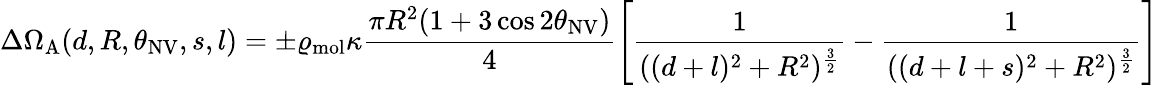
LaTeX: \Delta\Omega_{\mathrm{A}}(d,R,\theta_{\mathrm{NV}},s,l)=\pm\varrho_{\mathrm{mol}}\kappa\frac{\pi R^{2}(1+3\cos{2\theta_{\mathrm{NV}}})}{4}\left[\frac{1}{((d+l)^{2}+R^{2})^{\frac{3}{2}}}-\frac{1}{((d+l+s)^{2}+R^{2})^{\frac{3}{2}}}\right]